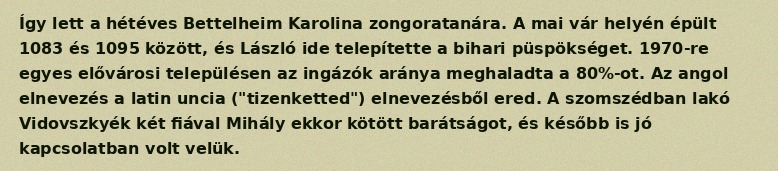
Így lett a hétéves Bettelheim Karolina zongoratanára. A mai vár helyén épült 1083 és 1095 között, és László ide telepítette a bihari püspökséget. 1970-re egyes elővárosi településen az ingázók aránya meghaladta a 80%-ot. Az angol elnevezés a latin uncia ("tizenketted") elnevezésből ered. A szomszédban lakó Vidovszkyék két fiával Mihály ekkor kötött barátságot, és később is jó kapcsolatban volt velük.